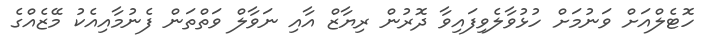
ހޮޓެލްއަށް ވަނުމަށް ހުޅުވާލެވިފައިވާ ދޮރުން ރިޔާޒް އާއި ނަވާލް ވަތްތަން ފެނުމާއިއެކު މޭޒެއްގެ